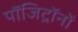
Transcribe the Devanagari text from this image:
पॉजिट्रॉनों